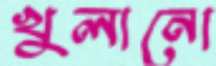
খুলানো